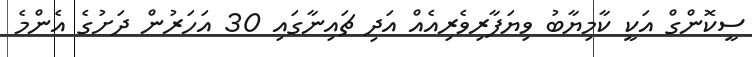
ސީކޮންގް އަކީ ކާމިޔާބު ވިޔަފާރިވެރިއެއް އަދި ޗައިނާގައި 30 އަހަރުން ދަށުގެ އެންމެ